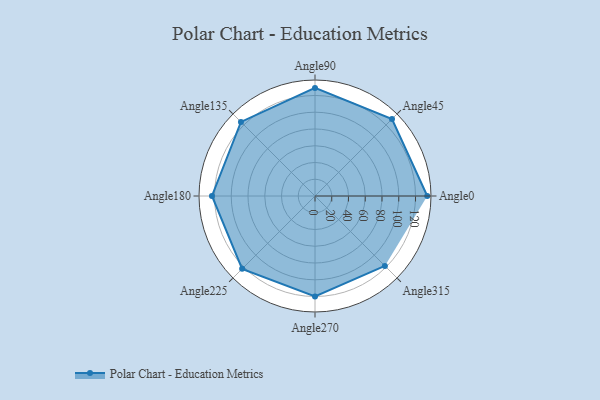
{"axis": {"x": "Angle", "y": "Radius"}, "legend": [""], "data": [{"x": "Angle0", "y": 134.0, "type": ""}, {"x": "Angle45", "y": 130.0, "type": ""}, {"x": "Angle90", "y": 129.0, "type": ""}, {"x": "Angle135", "y": 125.0, "type": ""}, {"x": "Angle180", "y": 123.0, "type": ""}, {"x": "Angle225", "y": 123.0, "type": ""}, {"x": "Angle270", "y": 120.0, "type": ""}, {"x": "Angle315", "y": 118.0, "type": ""}]}